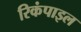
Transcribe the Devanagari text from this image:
रिकंपाइल